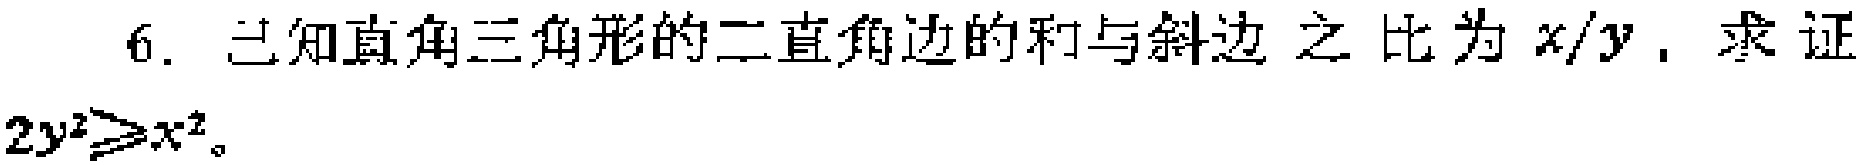
6. 已知直角三角形的二直角边的和与斜边之比为 \(x/y\)，求证 \(2y^{2}\geqslant x^{2}\)。